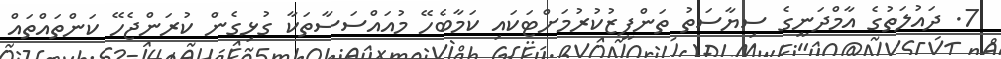
7. ދައުލަތުގެ އާމްދަނީގެ ސިޔާސަތު ތަންފީޒުކުރުމަށްޓަކައި ކަމާބެހޭ މުއައްސަސާތަކާ ގުޅިގެން ކުރަންޖެހޭ ކަންތައްތައް